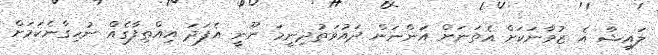
ލައިޝާ އެ ޒުވާނަކަށް އެތަނަށް އަންނަން ދައުވަތުދިނީމަ ނޫނީ އެފަދަ އިއްތިފާގެއް ނުހިގާނެކަމަށް